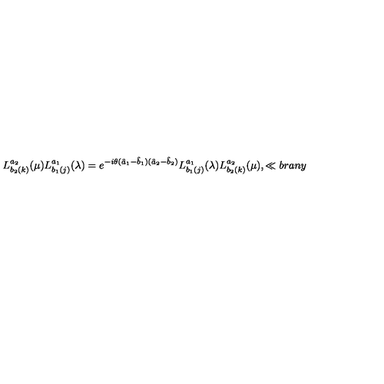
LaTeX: L _ { b _ { 2 } ( k ) } ^ { a _ { 2 } } ( \mu ) L _ { b _ { 1 } ( j ) } ^ { a _ { 1 } } ( \lambda ) = e ^ { - i \theta ( \hat { a } _ { 1 } - \hat { b } _ { 1 } ) ( \hat { a } _ { 2 } - \hat { b } _ { 2 } ) } L _ { b _ { 1 } ( j ) } ^ { a _ { 1 } } ( \lambda ) L _ { b _ { 2 } ( k ) } ^ { a _ { 2 } } ( \mu ) , \ll { b r a n y }